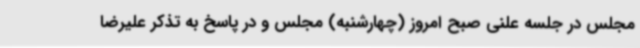
مجلس در جلسه علنی صبح امروز (چهارشنبه) مجلس و در پاسخ به تذکر علیرضا